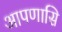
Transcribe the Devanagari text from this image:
आपणासि